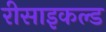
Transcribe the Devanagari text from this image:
रीसाइकल्ड